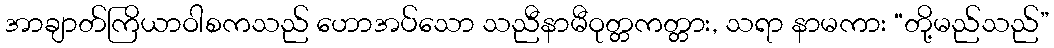
အာချာတ်ကြိယာဝါစကသည် ဟောအပ်သော သညီနာမီဝုတ္တကတ္တား, သရာ နာမကား “တို့မည်သည်”